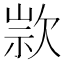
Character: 𣣗